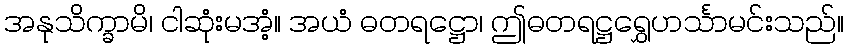
အနုသိက္ခာမိ၊ ငါဆုံးမအံ့။ အယံ ဓတရဋ္ဌော၊ ဤဓတရဋ္ဌရွှေဟင်္သာမင်းသည်။